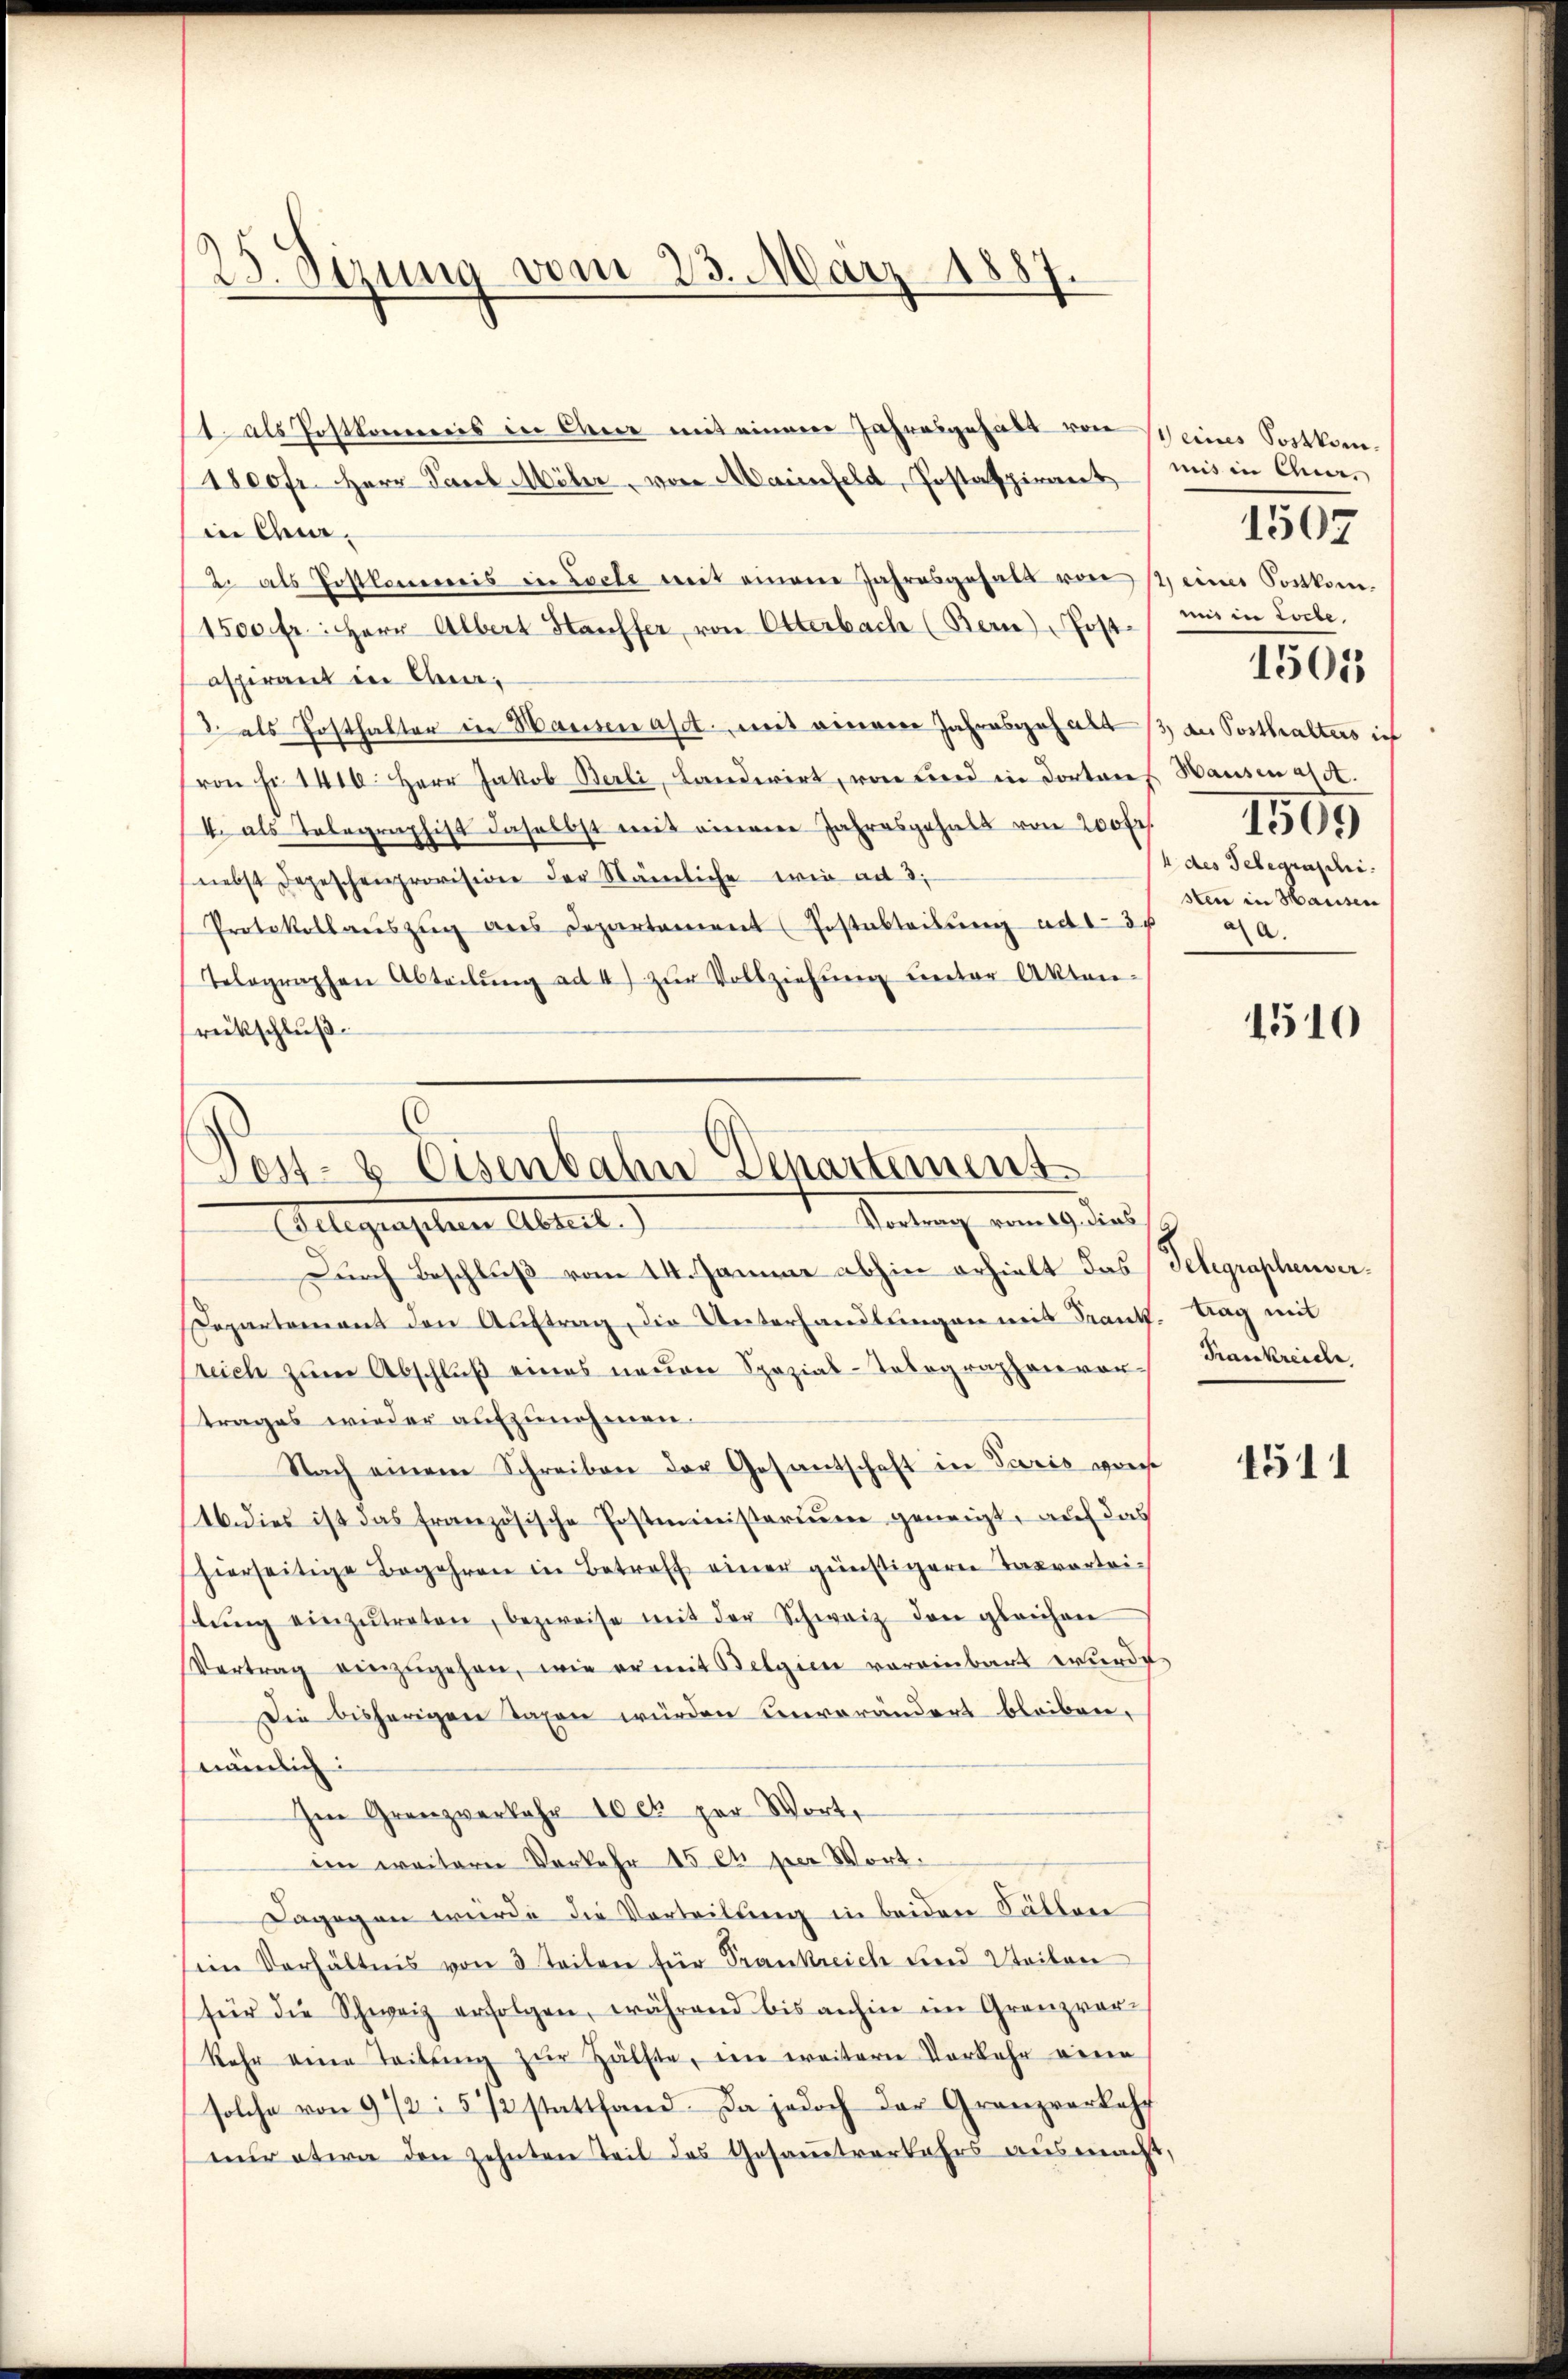
3. Sizung vom 23. März 1887.

t als Postkommis in Chur mit einem Jahresgehalt von Weines Postkom¬
1800fr. Herr Paul Möher, von Maienfeld, Postaspirant uns in Charin Chur¬
2. als Postkommis in Loche mit einem Jahresgesall von 12, einer Postkom¬
1500 fr.: Herr Albert Hausfer, von Otterbach (Bern Post
aspirant in Ana¬
/3. als Posthalter in Hausenast mit einem Jahresgehalt, an Posthalters in
von Fr. 1416. Herr Jakob Berli, Landwirt, von Lord in dortans Hausen a/A.
4. als Telegraphist daselbst mit einem Jahresgehalt von 200fr.
nebst Depeschenprovision der Nämliche wie ad 3.
Protokollaŭszŭg ans Departement (Postabteilŭng ad 1. 342 a.
Telographen Abteilŭng ad 4) zŭr Vollziehŭng ŭnter Akten
rückschluß

Post- & Eisenbahn Departement
Sertung vom 19ten
Gelegenschen Abrut.)

Durch Beschluß vom 14. Jamme abhin erhielt das Telegraphenver¬
Separtement den Aŭftrag, die Unterhandlŭngen mit Frant. Tag mit
sreich zum Abschluß eines neuen Spezial-Tablegraphenvortrages wieder aufzunehmen.
Nach einem Schreiben der Gesantschaft in Paris warste
16. dies ist das französische Postministerium geneigt, auf das
hierseitige Begehren in Betreff einer günstigere Taxrarteilŭng einzŭtreten, bezweife mit der Schweiz den gleichen
Vertrag einzŭgehen, wie er mit Belgien voreinbart wurde
Die bisherigen Taxen würden unverändert bleiben.
nämlich:
Im Grenzverkehr 10 ct par Wort,
im weitere Verkehr 15 et per Wort.
Dagegen wurde die Verteilung in beiden Fällen
sein Verhältnis von 3 Teilen für Frankreich und Weiten
für die Schweiz erfolgen, während bis anhin im Gränz(...)-
kehr eine Teilung zŭr Hälfte, im weitern Vorkehr eine
solche von 9 1/2 5 1/2 stattfand. Da jedoch der Granzverkehr
nur etwa den zehnten Teil des Gesamtverkehrs ausmacht,

mis in Lorbe
1509
4 des Telegraschi
sten in Hausen

1507

1501

1510

Frankreiche

4511